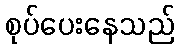
စုပ်ပေးနေသည်